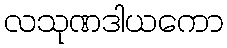
လသုဏဒါယကော